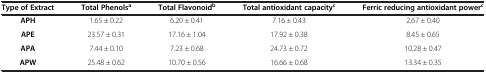
| Type of Extract | Total Phenolsa | Total Flavonoidb | Total antioxidant capacityc | Ferric reducing antioxidant powerc |
 | --- | --- | --- | --- | --- |
 | APH | 1.65 ± 0.22 | 6.20 ± 0.41 | 7.16 ± 0.43 | 2.67 ± 0.40 |
 | APE | 23.57 ± 0.31 | 17.16 ± 1.04 | 17.92 ± 0.38 | 8.45 ± 0.65 |
 | APA | 7.44 ± 0.10 | 7.23 ± 0.68 | 24.73 ± 0.72 | 10.28 ± 0.47 |
 | APW | 25.48 ± 0.62 | 10.70 ± 0.56 | 16.66 ± 0.68 | 13.34 ± 0.35 |